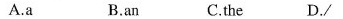
A.a B.an C.the D./